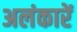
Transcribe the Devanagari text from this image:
अलंकारें